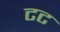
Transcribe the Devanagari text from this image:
टट